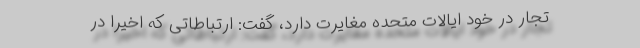
تجار در خود ایالات متحده مغایرت دارد، گفت: ارتباطاتی که اخیراً در